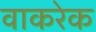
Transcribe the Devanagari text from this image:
वाकरेक